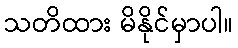
သတိထား မိနိုင်မှာပါ။